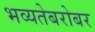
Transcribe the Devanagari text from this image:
भव्यतेबरोबर